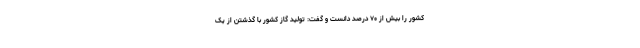
کشور را بیش از ۷۰ درصد دانست و گفت: تولید گاز کشور با گذشتن از یک